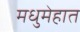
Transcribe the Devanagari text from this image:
मधुमेहात